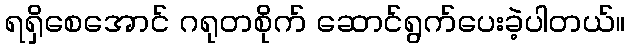
ရရှိစေအောင် ဂရုတစိုက် ဆောင်ရွက်ပေးခဲ့ပါတယ်။